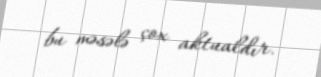
bu məsələ çox aktualdır.